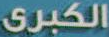
الكبرى